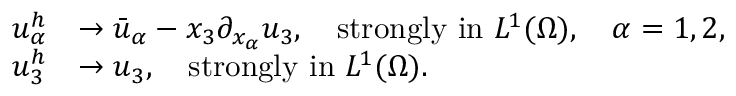
\begin{array} { r l } { u _ { \alpha } ^ { h } } & { \to \bar { u } _ { \alpha } - x _ { 3 } \partial _ { x _ { \alpha } } u _ { 3 } , \quad \mathrm { s t r o n g l y ~ i n ~ } L ^ { 1 } ( \Omega ) , \quad \alpha = 1 , 2 , } \\ { u _ { 3 } ^ { h } } & { \to u _ { 3 } , \quad \mathrm { s t r o n g l y ~ i n ~ } L ^ { 1 } ( \Omega ) . } \end{array}